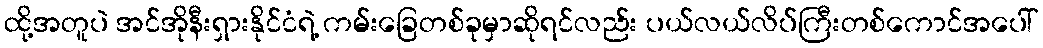
ထို့အတူပဲ အင်အိုနီးရှားနိုင်ငံရဲ့ ကမ်းခြေတစ်ခုမှာဆိုရင်လည်း ပယ်လယ်လိပ်ကြီးတစ်ကောင်အပေါ်